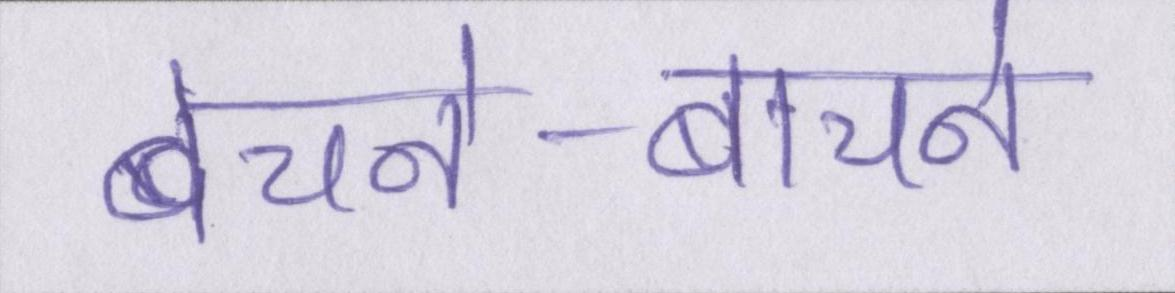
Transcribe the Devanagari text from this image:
बेचने-बाचने